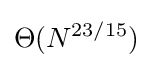
\Theta (N^{23/15})